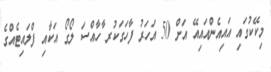
މިކޭކުގައި އައިއެންއައިއޭ އަށް 50 އަހަރު ފާހަގަކުރ ާހާއްސަ ލޯގޯ އަކާއި ފްލައިޓެއްގެ